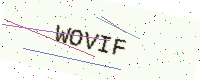
Text: WOVIF